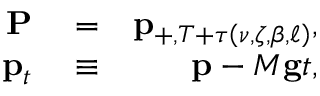
\begin{array} { r l r } { \mathbf { P } } & { { } = } & { \mathbf { p } _ { + , T + \tau \left( \nu , \zeta , \beta , \ell \right) } , } \\ { \mathbf { p } _ { t } } & { { } \equiv } & { \mathbf { p } - M \mathbf { g } t , } \end{array}